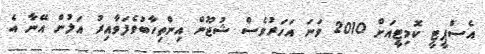
އެސްޕީޓީ ކޮމިޓީއަށް 2010 ވަނަ އަހަރުވެސް ޝުޖޫން އިންތިހާބުވެފަވާއިރު އަލުން އޭނާ އެ